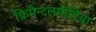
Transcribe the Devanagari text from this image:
फ्रिमैन्टलमीडिया